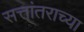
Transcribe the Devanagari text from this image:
सत्तांतराच्या